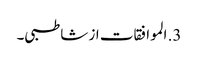
3. الموافقات از شاطبی۔